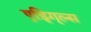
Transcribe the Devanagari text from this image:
ए्ड्गि्ल्स